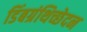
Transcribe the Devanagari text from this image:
डिंबग्रंथिच्छेदन